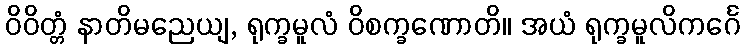
ဝိဝိတ္တံ နာတိမညေယျ, ရုက္ခမူလံ ဝိစက္ခဏောတိ။ အယံ ရုက္ခမူလိကင်္ဂေ